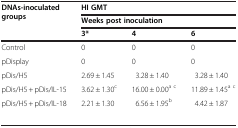
| <ROWSPAN=3> DNAs-inoculated groups | <COLSPAN=3> HI GMT |
 | <COLSPAN=3> Weeks post inoculation |
 | 3* | 4 | 6 |
 | --- | --- | --- | --- |
 | Control | 0 | 0 | 0 |
 | pDisplay | 0 | 0 | 0 |
 | pDis/H5 | 2.69 ± 1.45 | 3.28 ± 1.40 | 3.28 ± 1.40 |
 | pDis/H5 + pDis/IL-15 | 3.62 ± 1.30c | 16.00 ± 0.00a c | 11.89 ± 1.45a c |
 | pDis/H5 + pDis/IL-18 | 2.21 ± 1.30 | 6.56 ± 1.95b | 4.42 ± 1.87 |
 |  |  |  |  |